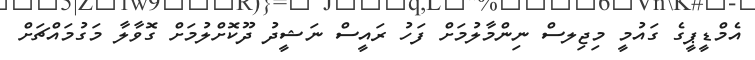
އެމްޑީޕީގެ ގައުމީ މިޖިލސް ނިންމާލުމަށް ފަހު ރައީސް ނަޝީދު ދޫކޮށްލުމަށް ގޮވާލާ މަގުމައްޗަށް